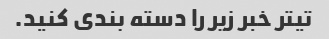
تیتر خبر زیر را دسته بندی کنید.